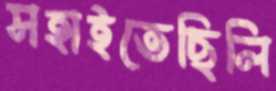
সহাইতেছিলি